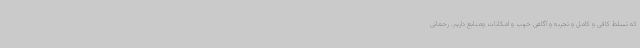
که تسلط کافی و کامل و تجربه و آگاهی خوب و امکانات ومنابع داریم. رحمانی